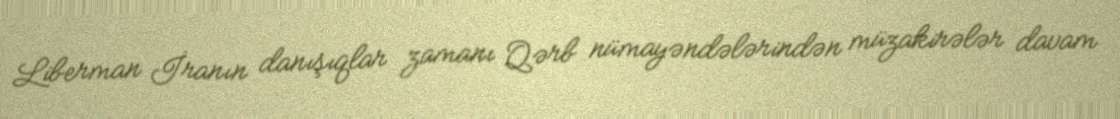
Liberman İranın danışıqlar zamanı Qərb nümayəndələrindən müzakirələr davam